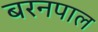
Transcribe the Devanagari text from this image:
बरनपाल